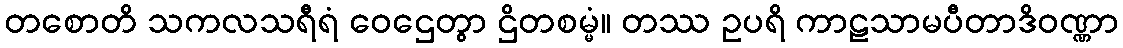
တစောတိ သကလသရီရံ ဝေဌေတွာ ဌိတစမ္မံ။ တဿ ဥပရိ ကာဠသာမပီတာဒိဝဏ္ဏာ